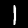
Digit: 1